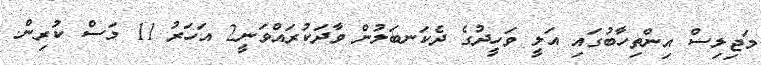
މަޖިލިސް އިންތިހާބުގައި އަލީ ވަހީދުގެ ދެކަނބަލުން ވާދަކުރައްވަނީ2 އަހަރު 11 މަސް ކުރިން.